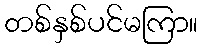
တစ်နှစ်ပင်မကြာ။